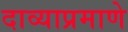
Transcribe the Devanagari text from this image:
दाव्याप्रमाणे